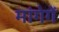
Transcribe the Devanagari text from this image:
मांगेगें